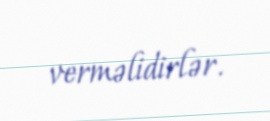
verməlidirlər.